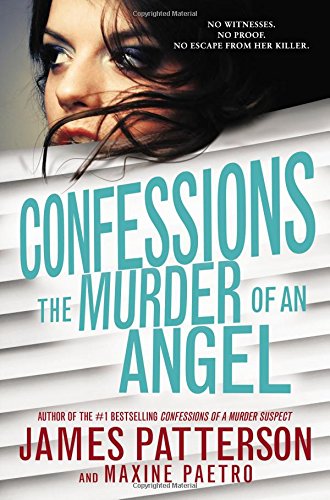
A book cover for Confessions: The Murder of an Angel; James Patterson; Mystery, Thriller & Suspense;